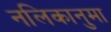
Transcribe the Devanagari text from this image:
नलिकानुमा